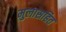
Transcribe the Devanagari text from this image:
मुलासहित